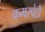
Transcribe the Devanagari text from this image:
कमरपेटी